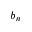
b _ { n }